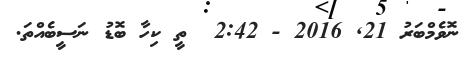
ނޮވެމްބަރު 21